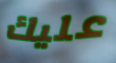
عليك